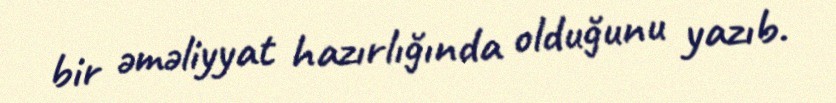
bir əməliyyat hazırlığında olduğunu yazıb.